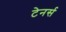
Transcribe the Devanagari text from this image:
टेनर्स